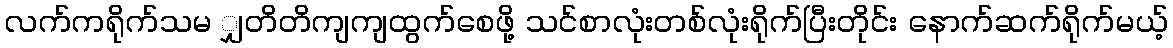
လက်ကရိုက်သမ ျှတိတိကျကျထွက်စေဖို့ သင်စာလုံးတစ်လုံးရိုက်ပြီးတိုင်း နောက်ဆက်ရိုက်မယ့်